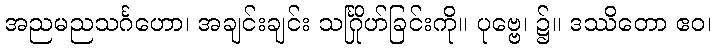
အညမညသင်္ဂဟော၊ အချင်းချင်း သင်္ဂြိုဟ်ခြင်းကို။ ပုဗ္ဗေ၊ ၌။ ဒဿိတော ဧဝ၊